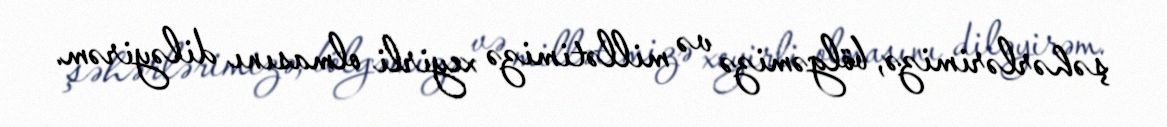
şəhərlərimizə, bölgəmizə və millətimizə xeyirli olmasını diləyirəm.